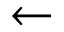
\gets